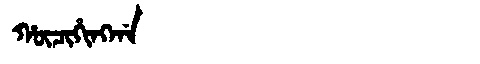
Manchu: ᡥᡡᠴᡳᡥᡳᠩᡤᠠ
Romanization: HŪCIHINGGA